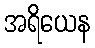
အရိယေန